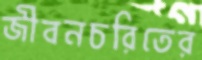
জীবনচরিতের